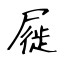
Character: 屣